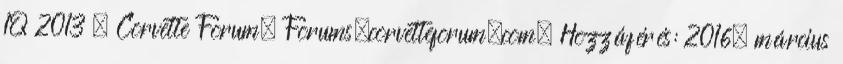
1Q 2013 – Corvette Forum. Forums.corvetteforum.com. Hozzáférés: 2016. március